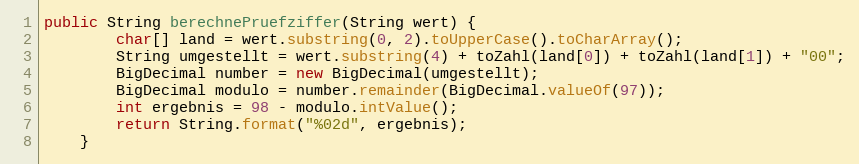
Language: Java
public String berechnePruefziffer(String wert) {
        char[] land = wert.substring(0, 2).toUpperCase().toCharArray();
        String umgestellt = wert.substring(4) + toZahl(land[0]) + toZahl(land[1]) + "00";
        BigDecimal number = new BigDecimal(umgestellt);
        BigDecimal modulo = number.remainder(BigDecimal.valueOf(97));
        int ergebnis = 98 - modulo.intValue();
        return String.format("%02d", ergebnis);
    }